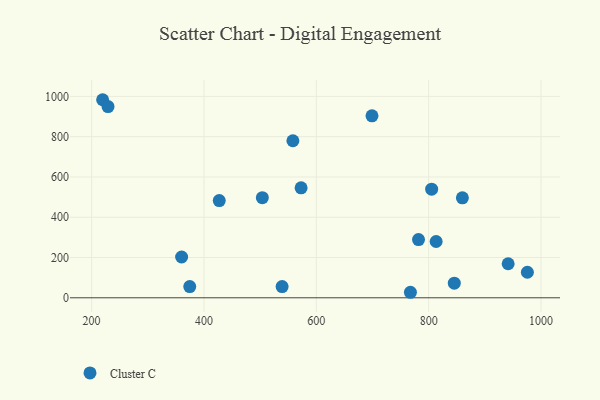
{"axis": {"x": "Study Hours", "y": "Profit"}, "legend": ["Cluster C"], "data": [{"x": "558.3", "y": 779.9, "type": "Cluster C"}, {"x": "781.9", "y": 288.9, "type": "Cluster C"}, {"x": "219.6", "y": 983.5, "type": "Cluster C"}, {"x": "699.1", "y": 903.6, "type": "Cluster C"}, {"x": "767.5", "y": 27.4, "type": "Cluster C"}, {"x": "860.0", "y": 496.3, "type": "Cluster C"}, {"x": "539.1", "y": 55.8, "type": "Cluster C"}, {"x": "941.5", "y": 169.1, "type": "Cluster C"}, {"x": "805.3", "y": 539.5, "type": "Cluster C"}, {"x": "845.6", "y": 72.5, "type": "Cluster C"}, {"x": "503.9", "y": 497.3, "type": "Cluster C"}, {"x": "427.2", "y": 482.5, "type": "Cluster C"}, {"x": "572.9", "y": 546.2, "type": "Cluster C"}, {"x": "813.3", "y": 279.5, "type": "Cluster C"}, {"x": "374.7", "y": 55.6, "type": "Cluster C"}, {"x": "360.2", "y": 202.6, "type": "Cluster C"}, {"x": "229.2", "y": 949.7, "type": "Cluster C"}, {"x": "975.7", "y": 126.9, "type": "Cluster C"}]}